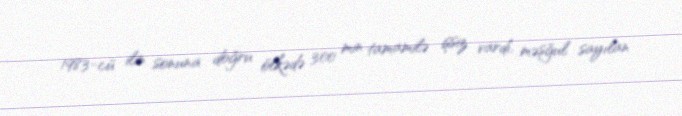
1983-cü ilin sonuna doğru ölkədə 300 min tamamilə işsiz vardı, məşğul sayılan